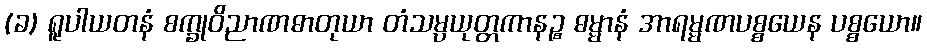
(ခ) ရူပါယတနံ စက္ခုဝိညာဏဓာတုယာ တံသမ္ပယုတ္တကာနဉ္စ ဓမ္မာနံ အာရမ္မဏပစ္စယေန ပစ္စယော။